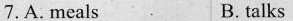
7.A. meals B. talks